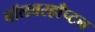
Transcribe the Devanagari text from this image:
वॉलवरहाँप्टन